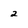
Character: 2